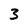
Character: 3